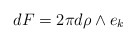
\begin{align*} d F = 2\pi d\rho\wedge e_k\end{align*}